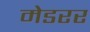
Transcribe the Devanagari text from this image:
मेडरर